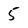
Character: 5